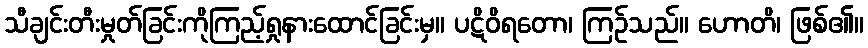
သီချင်းတီးမှုတ်ခြင်းကိုကြည့်ရှုနားထောင်ခြင်းမှ။ ပဋိဝိရတော၊ ကြဉ်သည်။ ဟောတိ၊ ဖြစ်၏။